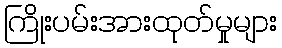
ကြိုးပမ်းအားထုတ်မှုများ